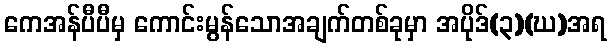
ကေအန်ပီပီမှ ကောင်းမွန်သောအချက်တစ်ခုမှာ အပိုဒ်(၃)(ဃ)အရ